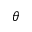
\theta